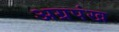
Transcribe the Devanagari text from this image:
अग्रपंख